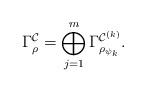
LaTeX: \begin{align*}\Gamma_{\rho}^{\mathcal{C}}=\bigoplus_{j=1}^m \Gamma_{\rho_{\psi_k}}^{\mathcal{C}^{(k)}}.\end{align*}